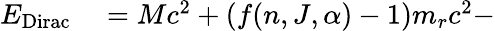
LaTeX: \begin{array}{rl}{E_{\mathrm{Dirac}}}&{{}=Mc^{2}+(f(n,J,\alpha)-1)m_{r}c^{2}-}\end{array}